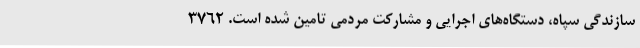
سازندگی سپاه، دستگاه‌های اجرایی و مشارکت مردمی تامین شده است. 3762